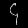
Digit: ၄